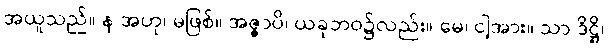
အယူသည်။ န အဟု၊ မဖြစ်။ အဇ္ဇာပိ၊ ယခုဘဝ၌လည်း။ မေ၊ ငါ့အား။ သာ ဒိဋ္ဌိ၊